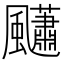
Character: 𩙚